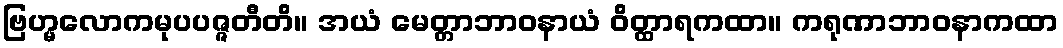
ဗြဟ္မလောကမုပပဇ္ဇတီတိ။ အယံ မေတ္တာဘာဝနာယံ ဝိတ္ထာရကထာ။ ကရုဏာဘာဝနာကထာ